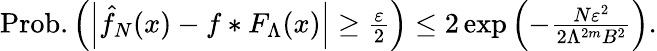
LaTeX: \begin{array}{r}{\mathrm{Prob.}\left(\left|\hat{f}_{N}(x)-f*F_{\Lambda}(x)\right|\ge\frac{\varepsilon}{2}\right)\le 2\exp\left(-\frac{N\varepsilon^{2}}{2\Lambda^{2m}B^{2}}\right).}\end{array}